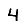
Digit: 4